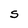
Character: S